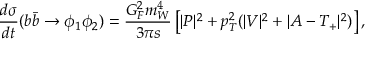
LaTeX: \frac { d \sigma } { d t } ( b \bar { b } \to \phi _ { 1 } \phi _ { 2 } ) = \frac { G _ { F } ^ { 2 } m _ { W } ^ { 4 } } { 3 \pi s } \left[ | P | ^ { 2 } + p _ { T } ^ { 2 } ( | V | ^ { 2 } + | A - T _ { + } | ^ { 2 } ) \right] ,